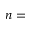
n =